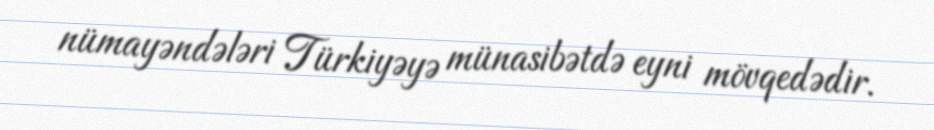
nümayəndələri Türkiyəyə münasibətdə eyni mövqedədir.